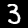
Digit: 3